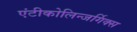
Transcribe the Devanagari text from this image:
एंटीकोलिन्जर्गिक्स